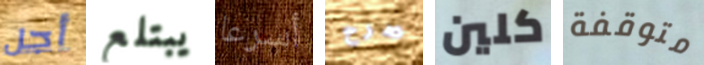
أجل يبتلع أسرعا صرح كلين متوقفة